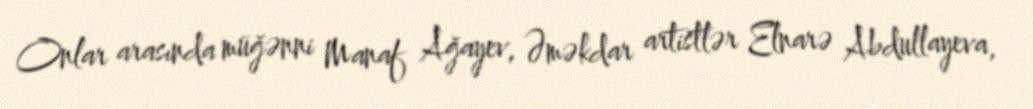
Onlar arasında müğənni Manaf Ağayev, Əməkdar artistlər Elnarə Abdullayeva,